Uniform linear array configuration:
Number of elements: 48
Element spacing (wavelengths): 0.25
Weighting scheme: kaiser
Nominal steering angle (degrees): -60
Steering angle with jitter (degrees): -60.875
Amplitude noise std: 0.05
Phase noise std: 0.05

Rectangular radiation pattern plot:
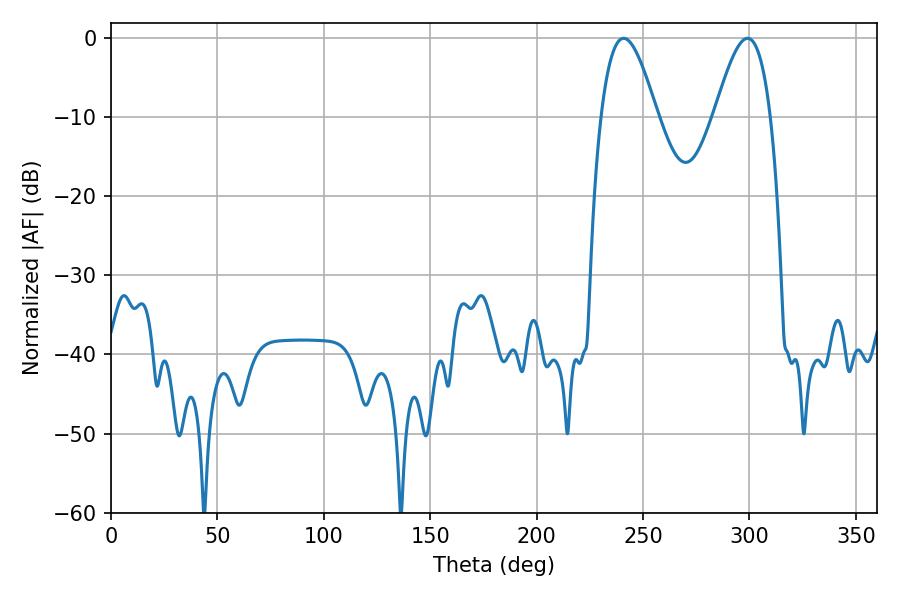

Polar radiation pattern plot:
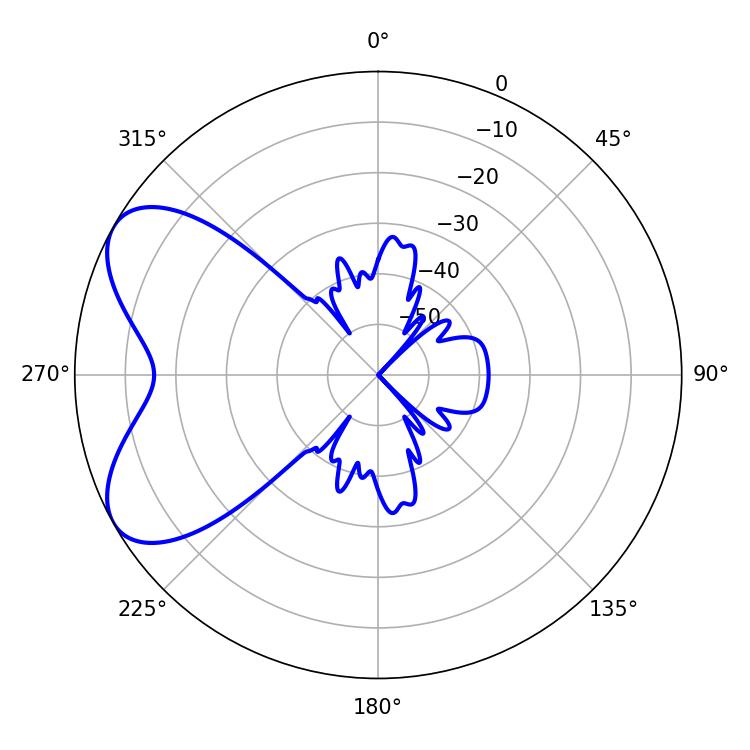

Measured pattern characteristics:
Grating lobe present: FALSE
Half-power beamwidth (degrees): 14.22
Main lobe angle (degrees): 299.16